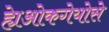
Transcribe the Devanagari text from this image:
ह्येओकगेयोसे